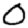
Digit: 0